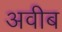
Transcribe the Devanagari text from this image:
अवीब